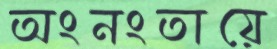
অংনংতায়ে